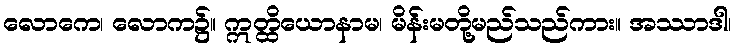
လောကေ၊ လောက၌။ ဣတ္ထိယောနာမ၊ မိန်းမတို့မည်သည်ကား။ အဿာဒါ၊